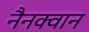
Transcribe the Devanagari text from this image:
नैनक्वान